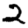
Digit: 2